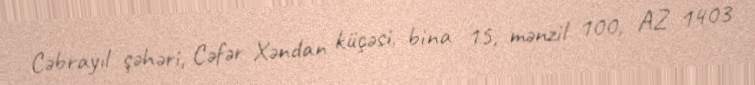
Cəbrayıl şəhəri, Cəfər Xəndan küçəsi, bina 15, mənzil 100, AZ 1403